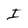
Character: I